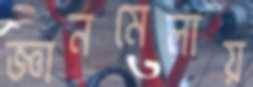
জ্ঞানমেলায়